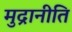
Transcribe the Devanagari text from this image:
मुद्रानीति